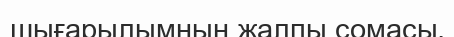
шығарылымның жалпы сомасы‚